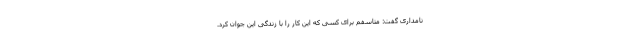
نامداری گفت: متاسفم برای کسی که این کار را با زندگی این جوان کرد.